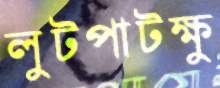
লুটপাটক্ষু